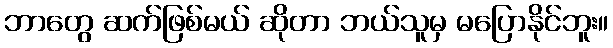
ဘာတွေ ဆက်ဖြစ်မယ် ဆိုတာ ဘယ်သူမှ မပြောနိုင်ဘူး။